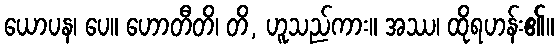
ယောပန၊ ပေ။ ဟောတီတိ၊ တိ, ဟူသည်ကား။ အဿ၊ ထိုရဟန်း၏။